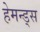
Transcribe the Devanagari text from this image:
हेमन्ड्स